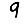
Digit: 9